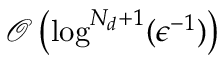
\mathcal { O } \left( \log ^ { N _ { d } + 1 } ( \epsilon ^ { - 1 } ) \right)